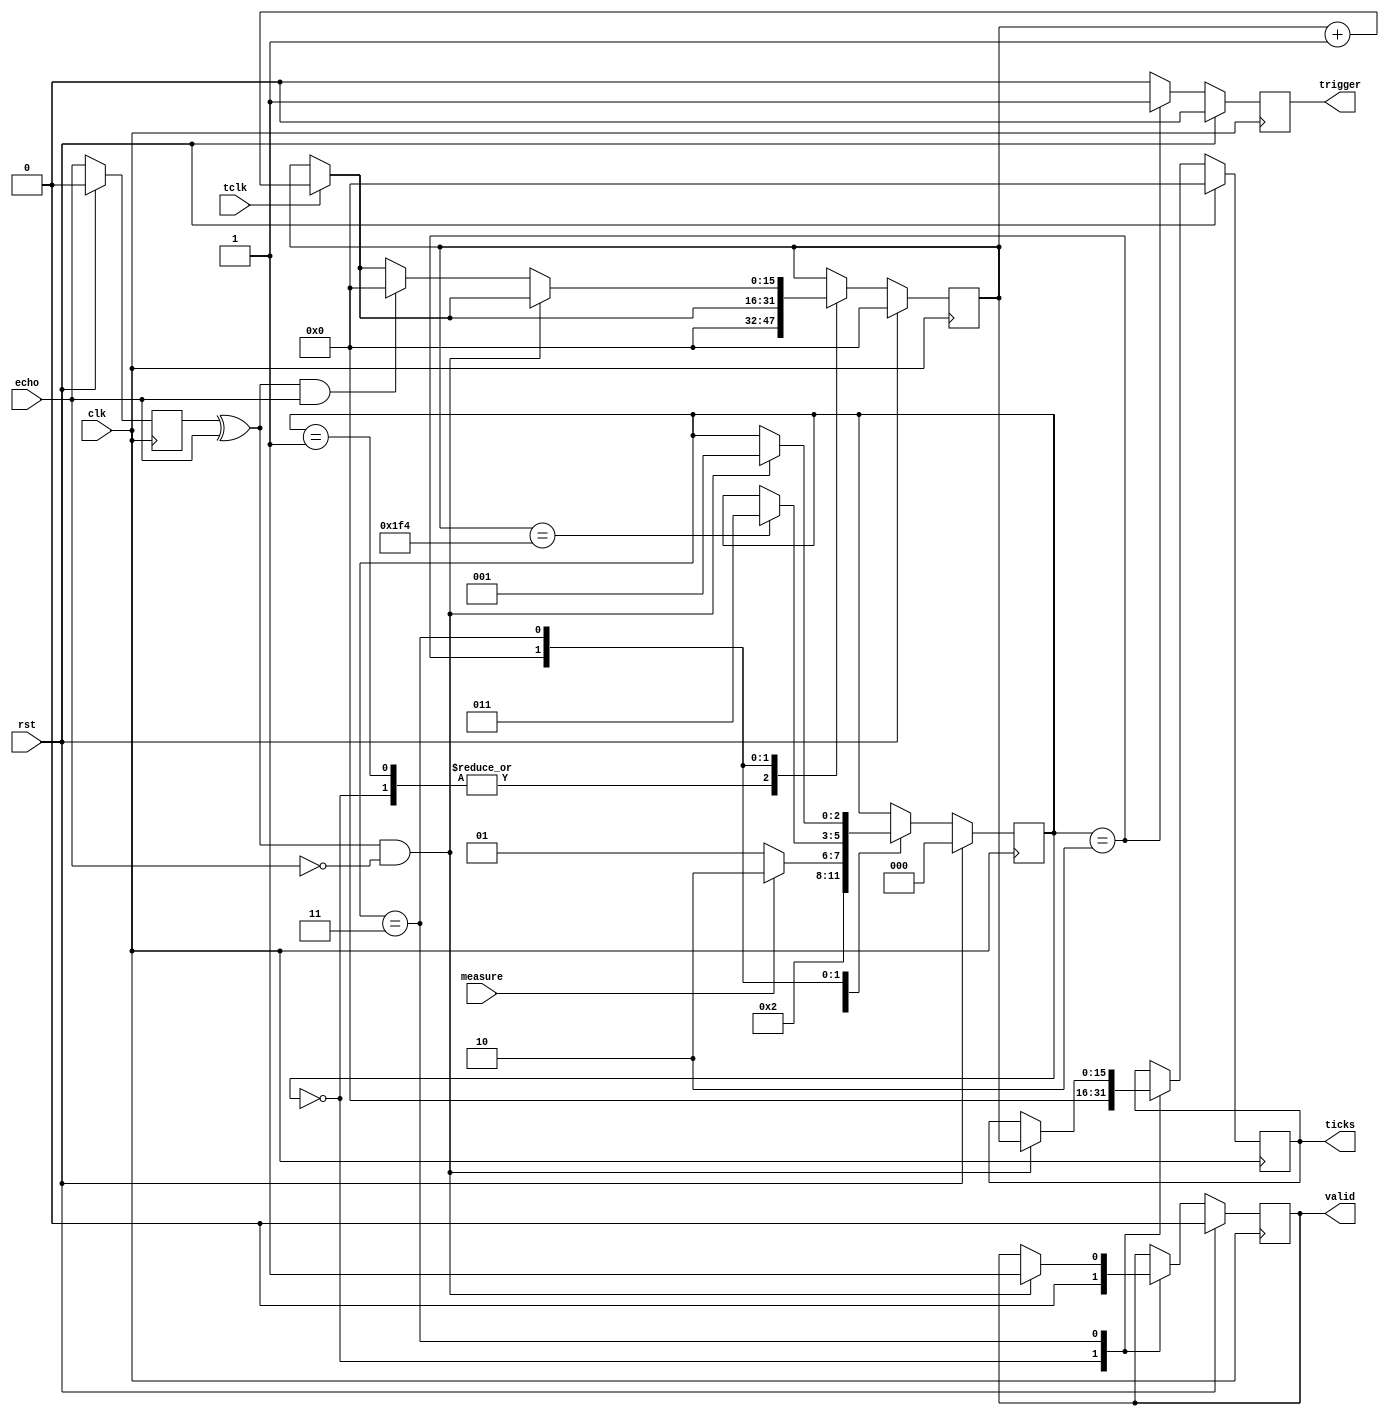
`timescale 1ns / 1ps
//////////////////////////////////////////////////////////////////////////////////
// 
// Design Name: 
// Module Name:    hcsr04 
// Project Name: 
// Target Devices: 
// Tool versions: 
// Description: 
//
// Dependencies: 
//
// Revision: 
// Revision 0.01 - File Created
// Additional Comments: 
//
//////////////////////////////////////////////////////////////////////////////////
module hcsr04 #(
	parameter TRIGGER_DURATION = 500,
	parameter MAX_COUNT = 3000000
)(
	input rst,
	input clk,
	input tclk,
	input measure,
	input echo,
	
	output reg [15:0] ticks,
	output reg valid,
	output reg trigger
    );
	 
    localparam STATE_SIZE = 3,
	 CTR_SIZE = 16;
    localparam STATE_RESET = 3'd0,
    STATE_IDLE = 3'd1,
    STATE_TRIGGER = 3'd2,
	 STATE_COUNT = 3'd3,
	 STATE_COOLDOWN = 3'd4;
	 
	 reg [CTR_SIZE-1:0] ctr_d, ctr_q;
	 reg [STATE_SIZE-1:0] state_d, state_q;
	 reg [15:0] ticks_d;
	 reg trigger_d, valid_d;
	 reg echo_old;
	 
	 reg echo_chg, echo_pos, echo_neg;
	 
	 
	 always @(*) begin
		echo_chg = echo_old ^ echo;
		echo_pos = echo_chg & echo;
		echo_neg = echo_chg & (~echo);
		ctr_d = ctr_q;
		state_d = state_q;
		trigger_d = 0;
		valid_d = valid;
		ticks_d = ticks;
		
		case (state_q)
			STATE_RESET: begin
				ctr_d = 0;
				valid_d = 0;
				ticks_d = 0;
				state_d = STATE_IDLE;
			end
			STATE_IDLE: begin
				ctr_d = 0;
				if(measure) begin
					state_d = STATE_TRIGGER;
				end else begin
					state_d = STATE_IDLE;
				end
			end
			STATE_TRIGGER: begin
				if(tclk) begin
					ctr_d = ctr_q + 1;
				end
				trigger_d = 1'b1;
				if(ctr_q == TRIGGER_DURATION) begin
					state_d = STATE_COUNT;
				end
			end
			STATE_COUNT: begin
				if(tclk) begin
					ctr_d = ctr_q + 1;
				end
				if(ctr_q == MAX_COUNT) begin
					ticks_d = MAX_COUNT;
					state_d = STATE_IDLE;
				end else if(echo_neg) begin
					ticks_d = ctr_q;
					valid_d = 1'b1;
					state_d = STATE_IDLE;
				end else if(echo_pos) begin
					ctr_d = 0;
				end
			end
		endcase
	 end

    always @(posedge clk) begin
        if (rst) begin
            state_q <= STATE_RESET;
				ctr_q   <= 0;
				ticks   <= 0;
				valid   <= 0;
				trigger <= 0;
				echo_old <= 0;
        end else begin
				state_q <= state_d;
				ctr_q   <= ctr_d;
				ticks   <= ticks_d;
				valid   <= valid_d;
				trigger <= trigger_d;
				echo_old <= echo;
		  end
	 end 

endmodule